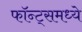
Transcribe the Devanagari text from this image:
फॉन्ट्‌समध्ये